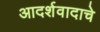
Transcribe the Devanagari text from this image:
आदर्शवादाचे